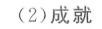
(2)成就